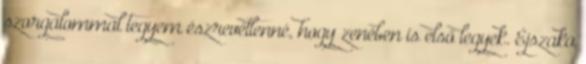
szorgalommal tegyem észrevétlenné, hogy zenében is első legyek. Éjszaka